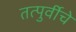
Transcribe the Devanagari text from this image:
तत्पुर्वीचे